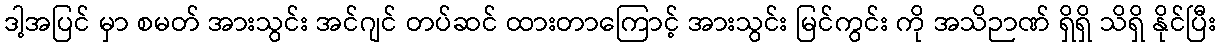
ဒါ့အပြင် မှာ စမတ် အားသွင်း အင်ဂျင် တပ်ဆင် ထားတာကြောင့် အားသွင်း မြင်ကွင်း ကို အသိဉာဏ် ရှိရှိ သိရှိ နိုင်ပြီး